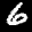
Label: 6